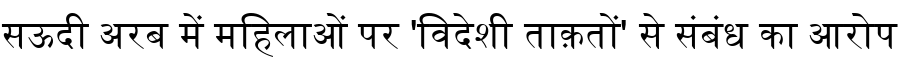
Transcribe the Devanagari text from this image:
सऊदी अरब में महिलाओं पर 'विदेशी ताक़तों' से संबंध का आरोप